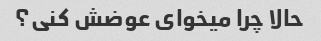
حالا چرا میخوای عوضش کنی؟